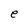
Character: e